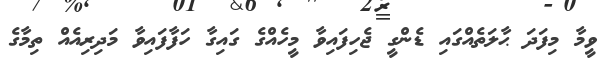
ވީމާ މިފަދަ ޙާލަތެއްގައި ޑެންގީ ޖެހިފައިވާ މީހެއްގެ ގައިގާ ހަފާފައިވާ މަދިރިއެއް ތިމާގެ